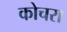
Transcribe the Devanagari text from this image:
कोचरा